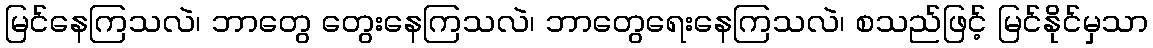
မြင်နေကြသလဲ၊ ဘာတွေ တွေးနေကြသလဲ၊ ဘာတွေရေးနေကြသလဲ၊ စသည်ဖြင့် မြင်နိုင်မှသာ